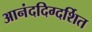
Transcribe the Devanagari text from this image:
आनंददिग्दर्शित